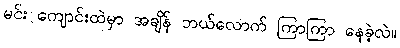
မင်း ကျောင်းထဲမှာ အချိန် ဘယ်လောက် ကြာကြာ နေခဲ့လဲ။